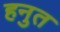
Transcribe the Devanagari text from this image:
हनुत